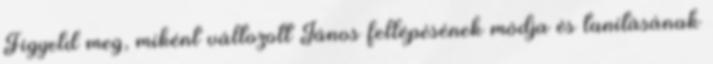
Figyeld meg, miként változott János fellépésének módja és tanításának